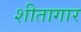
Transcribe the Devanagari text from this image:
शीतागार